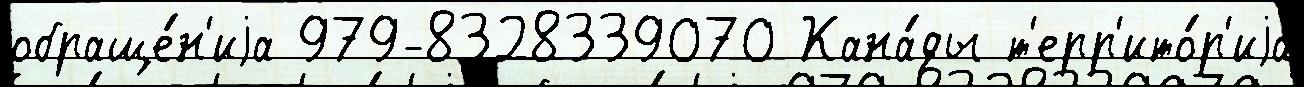
обраще́н'иjа 979-8328339070 Кана́ды т'ерр'ито́р'иjа